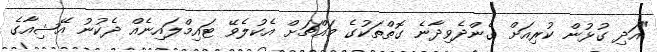
"އަދި ގުޅުން ކުރިއަށް ގެންދެވިދާނެ ގޮތްތަކުގެ މައްޗަށް އެކުލެވޭ ޓައިމްލައިނެއް ދެކުނު އޭޝިއާގެ